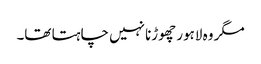
مگر وہ لاہور چھوڑنا نہیں چاہتا تھا۔